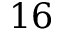
1 6